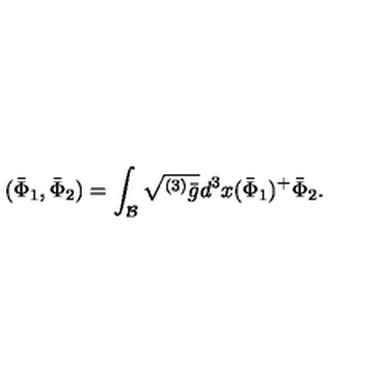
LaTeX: ( \bar { \Phi } _ { 1 } , \bar { \Phi } _ { 2 } ) = \int _ { \cal B } \sqrt { ^ { ( 3 ) } \bar { g } } d ^ { 3 } x ( \bar { \Phi } _ { 1 } ) ^ { + } \bar { \Phi } _ { 2 } .